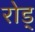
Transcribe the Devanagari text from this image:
रोड्